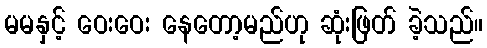
မမနှင့် ဝေးဝေး နေတော့မည်ဟု ဆုံးဖြတ် ခဲ့သည်။